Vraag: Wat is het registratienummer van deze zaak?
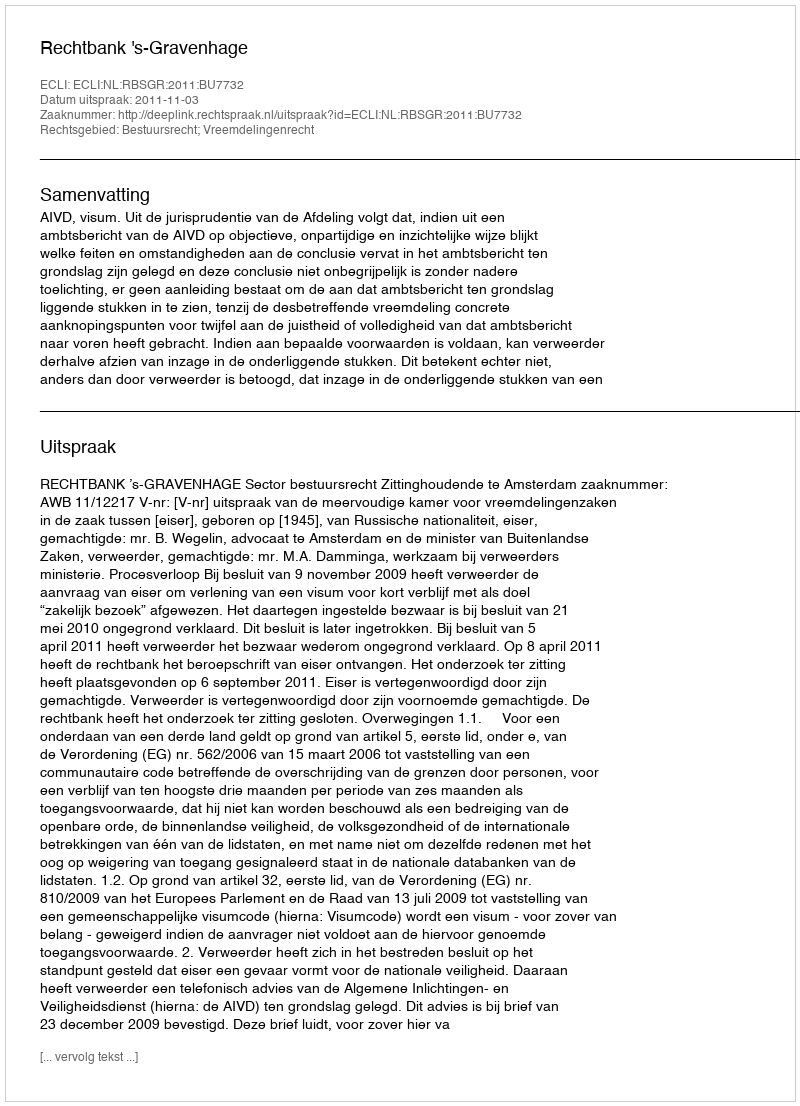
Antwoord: http://deeplink.rechtspraak.nl/uitspraak?id=ECLI:NL:RBSGR:2011:BU7732